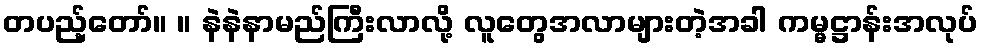
တပည့်တော်။ ။ နဲနဲနာမည်ကြီးလာလို့ လူတွေအလာများတဲ့အခါ ကမ္မဋ္ဌာန်းအလုပ်